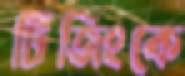
টিজিংকে